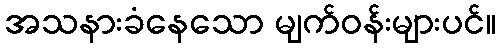
အသနားခံနေသော မျက်ဝန်းများပင်။